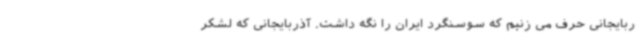
ربایجانی حرف می زنیم که سوسنگرد ایران را نگه داشت. آذربایجانی که لشکر